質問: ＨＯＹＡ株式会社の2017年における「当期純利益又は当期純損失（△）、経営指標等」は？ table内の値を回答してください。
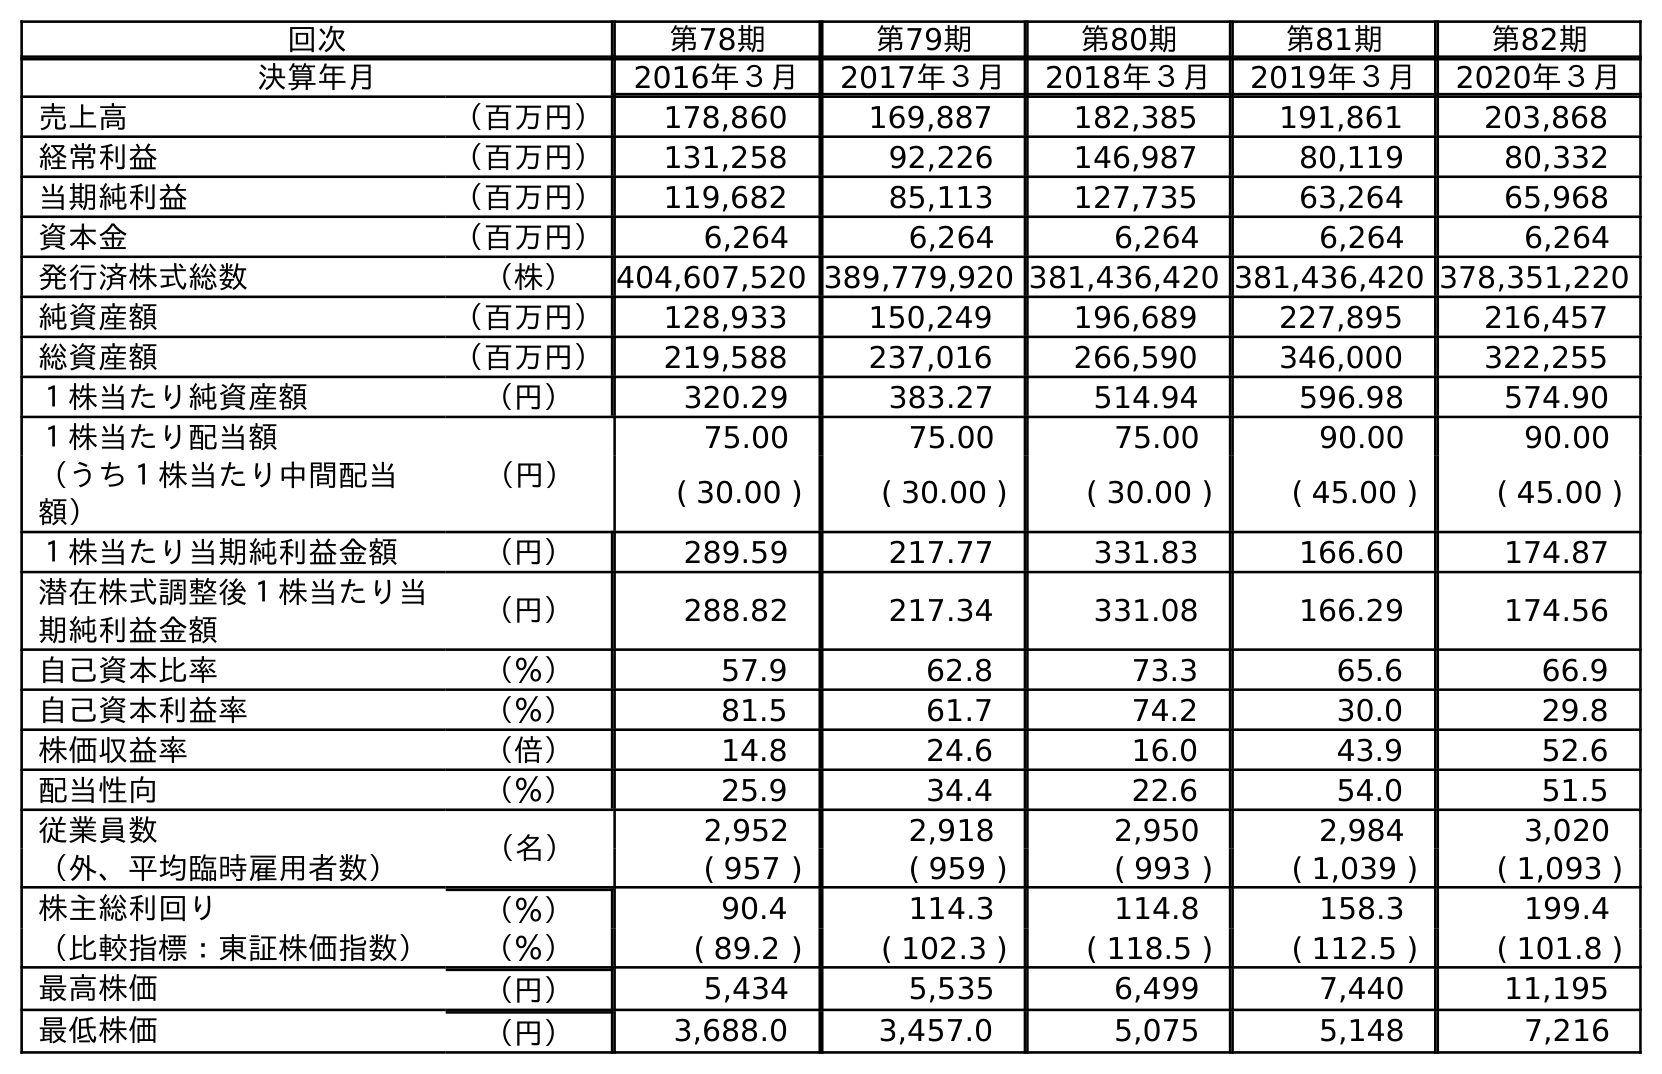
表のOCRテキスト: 回次 第78期 第79期 第80期 第81期 第82期 決算年月 2016年３月 2017年３月 2018年３月 2019年３月 2020年３月 売上高 （百万円） 178,860 169,887 182,385 191,861 203,868 経常利益 （百万円） 131,258 92,226 146,987 80,119 80,332 当期純利益 （百万円） 119,682 85,113 127,735 63,264 65,968 資本金 （百万円） 6,264 6,264 6,264 6,264 6,264 発行済株式総数 （株） 404,607,520 389,779,920 381,436,420 381,436,420 378,351,220 純資産額 （百万円） 128,933 150,249 196,689 227,895 216,457 総資産額 （百万円） 219,588 237,016 266,590 346,000 322,255 １株当たり純資産額 （円） 320.29 383.27 514.94 596.98 574.90 １株当たり配当額 （円） 75.00 75.00 75.00 90.00 90.00 （うち１株当たり中間配当 額） ( 30.00 ) ( 30.00 ) ( 30.00 ) ( 45.00 ) ( 45.00 ) １株当たり当期純利益金額 （円） 289.59 217.77 331.83 166.60 174.87 潜在株式調整後１株当たり当 期純利益金額 （円） 288.82 217.34 331.08 166.29 174.56 自己資本比率 （％） 57.9 62.8 73.3 65.6 66.9 自己資本利益率 （％） 81.5 61.7 74.2 30.0 29.8 株価収益率 （倍） 14.8 24.6 16.0 43.9 52.6 配当性向 （％） 25.9 34.4 22.6 54.0 51.5 従業員数 （名） 2,952 2,918 2,950 2,984 3,020 （外、平均臨時雇用者数） ( 957 ) ( 959 ) ( 993 ) ( 1,039 ) ( 1,093 ) 株主総利回り （％） 90.4 114.3 114.8 158.3 199.4 （比較指標：東証株価指数） （％） ( 89.2 ) ( 102.3 ) ( 118.5 ) ( 112.5 ) ( 101.8 ) 最高株価 （円） 5,434 5,535 6,499 7,440 11,195 最低株価 （円） 3,688.0 3,457.0 5,075 5,148 7,216
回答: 85,113